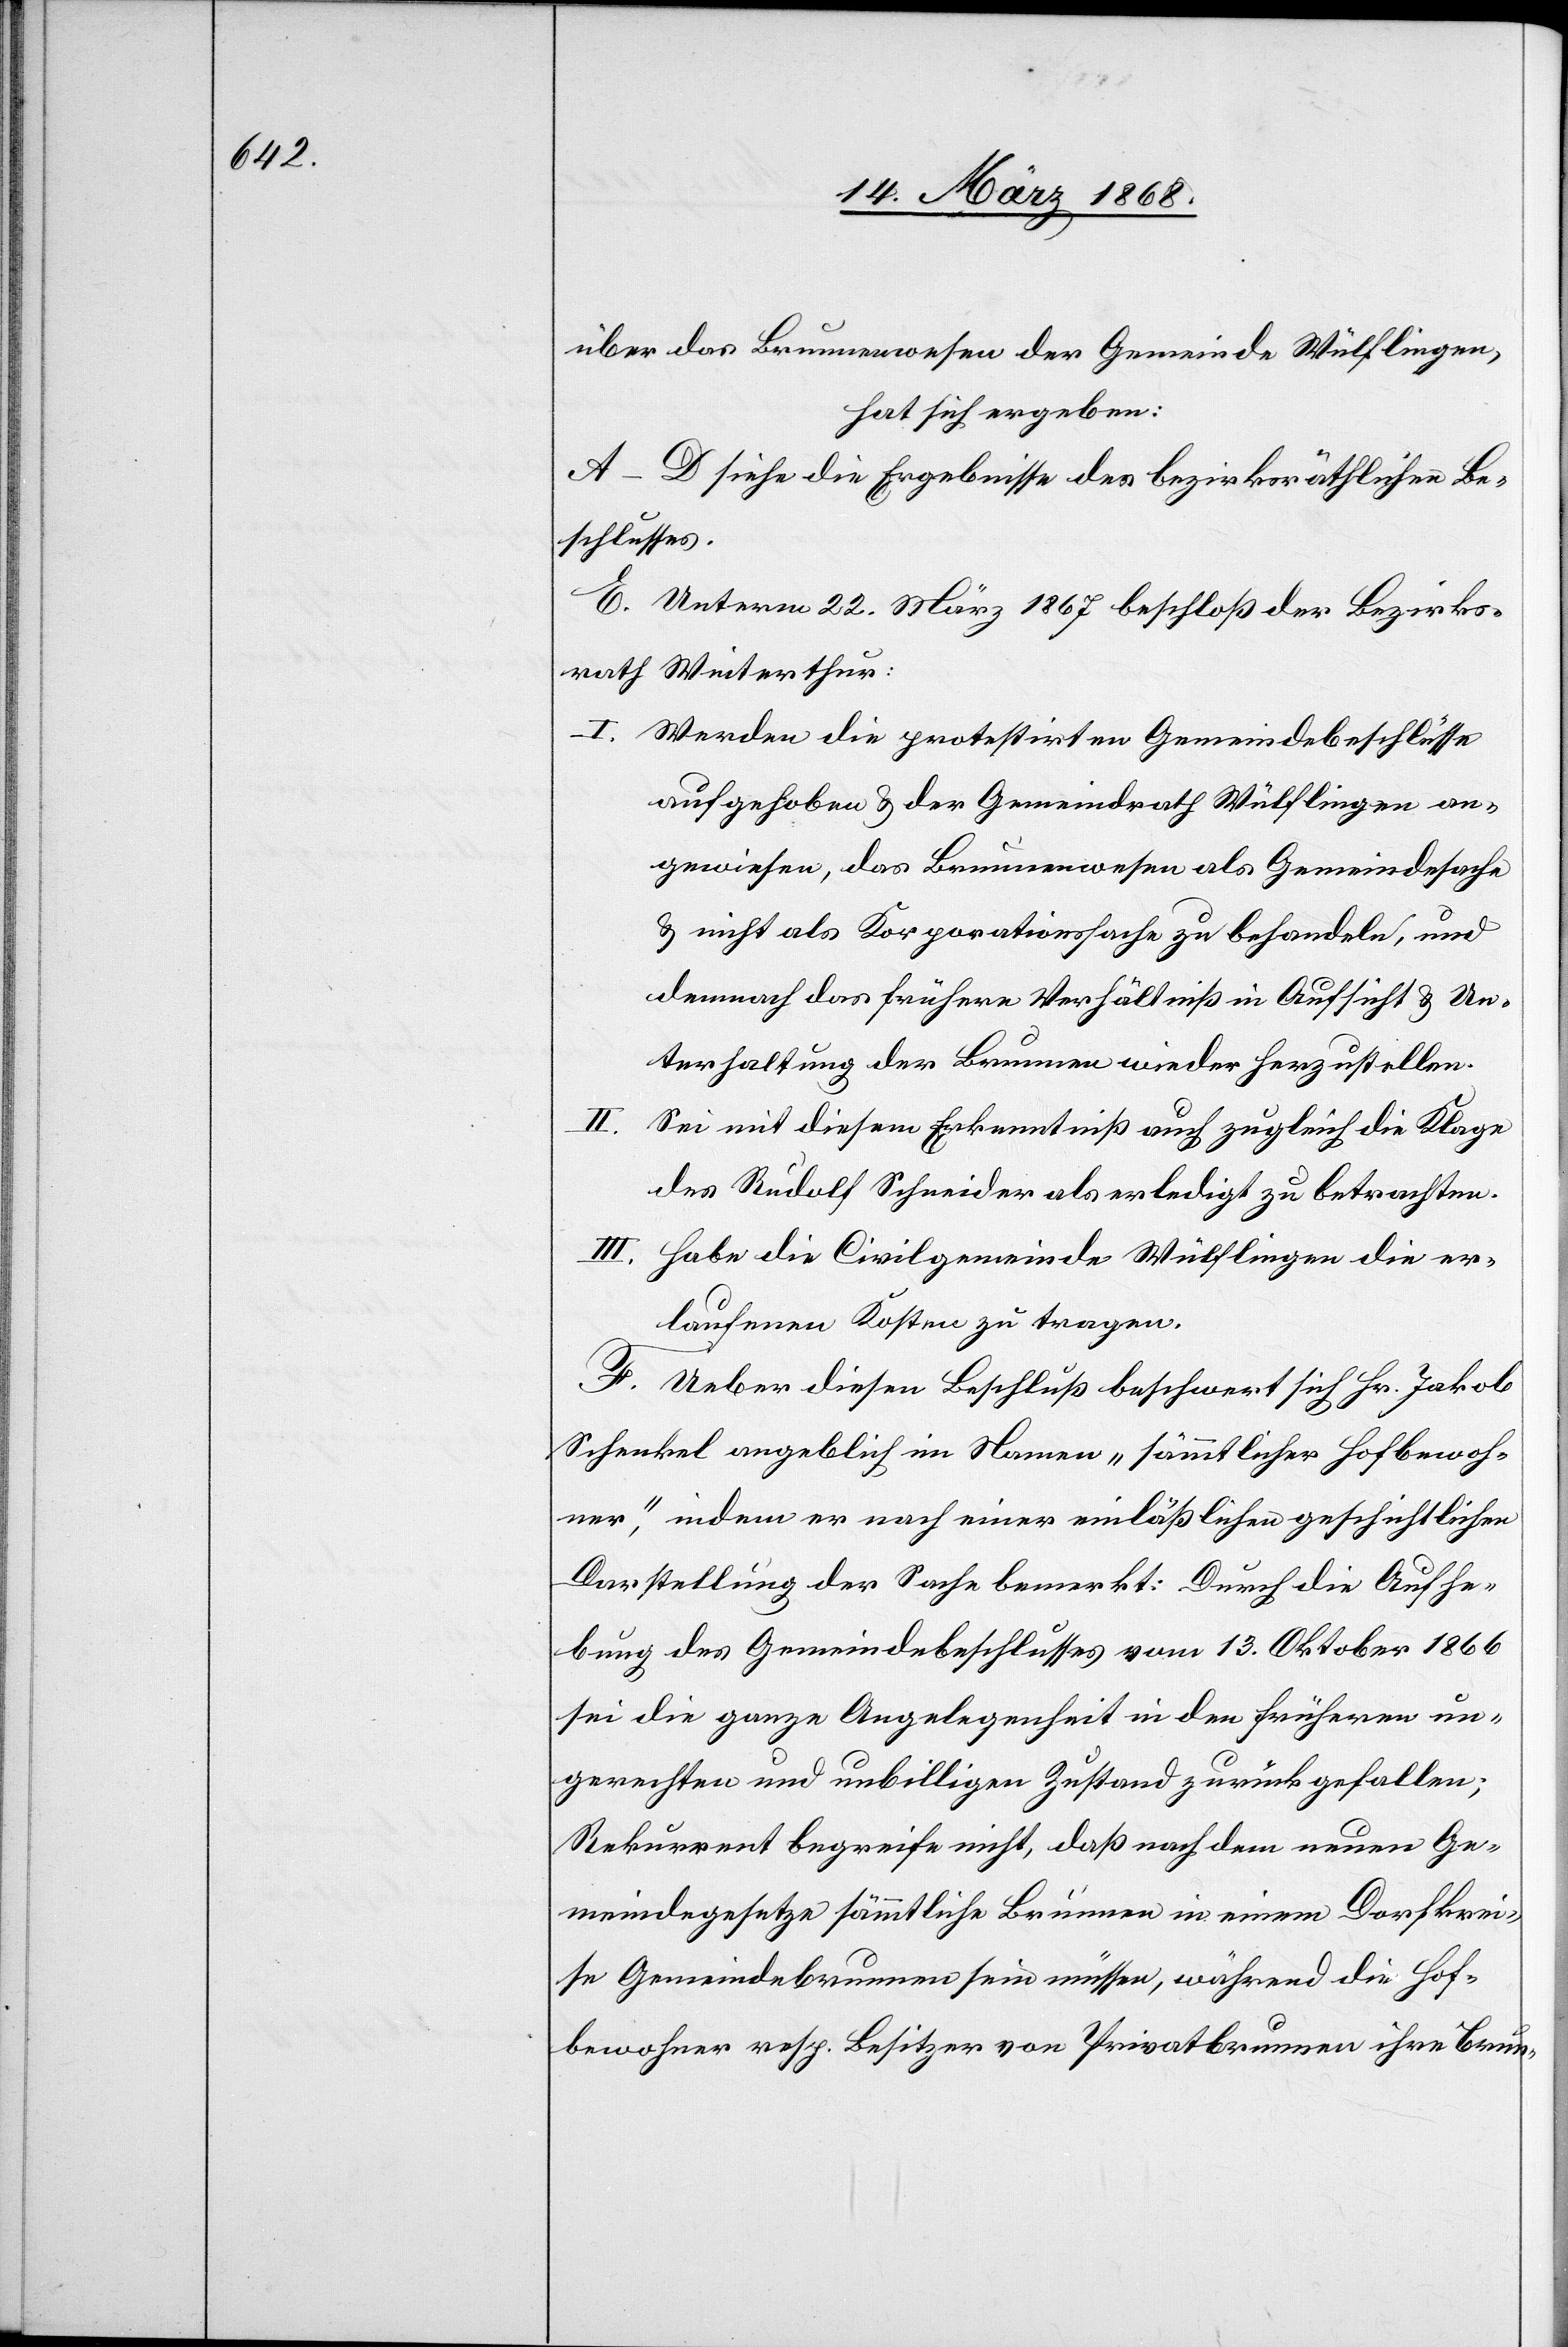
über das Brunnenwesen der Gemeinde Wülflingen,
hat sich ergeben:
A–D siehe die Ergebnisse des bezirksräthlichen Be¬
schlusses.
E. Unterm 22. März 1867 beschloß der Bezirks¬
rath Winterthur:
Werden die protestirten Gemeindebeschlüsse
aufgehoben & der Gemeindrath Wülflingen an¬
gewiesen, das Brunnenwesen als Gemeindesache
& nicht als Korporationssache zu behandeln, und
demnach das frühere Verhältniß in Aufsicht & Un¬
terhaltung der Brunnen wieder herzustellen.
Sei mit diesem Erkenntniß auch zugleich die Klage
des Rudolf Schneider als erledigt zu betrachten.
III.
Habe die Civilgemeinde Wülflingen die er¬
laufenen Kosten zu tragen.
F. Ueber diesen Beschluß beschwert sich Hr. Jakob
Schenkel angeblich im Namen „sämmtlicher Hofbewoh¬
ner“, indem er nach einer einläßlichen geschichtlichen
Darstellung der Sache bemerkt: Durch die Aufhe¬
bung des Gemeindebeschlusses vom 13. Oktober 1866
sei die ganze Angelegenheit in den früheren un¬
gerechten und unbilligen Zustand zurückgefallen;
Rekurrent begreife nicht, daß nach dem neuen Ge¬
meindegesetze sämmtliche Brunnen in einem Dorfkrei¬
se Gemeindebrunnen sein müssen, während die Hof¬
bewohner resp. Besitzer von Privatbrunnen ihre Brun-